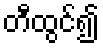
တီထွင်၍